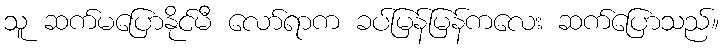
သူ ဆက်မပြောနိုင်မီ လော်ရာက ခပ်မြန်မြန်ကလေး ဆက်ပြောသည်။